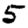
Digit: 5